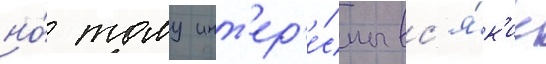
но́ тому инт'ер'е́сны вс'я́к'ие